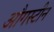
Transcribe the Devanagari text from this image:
औगस्टीन